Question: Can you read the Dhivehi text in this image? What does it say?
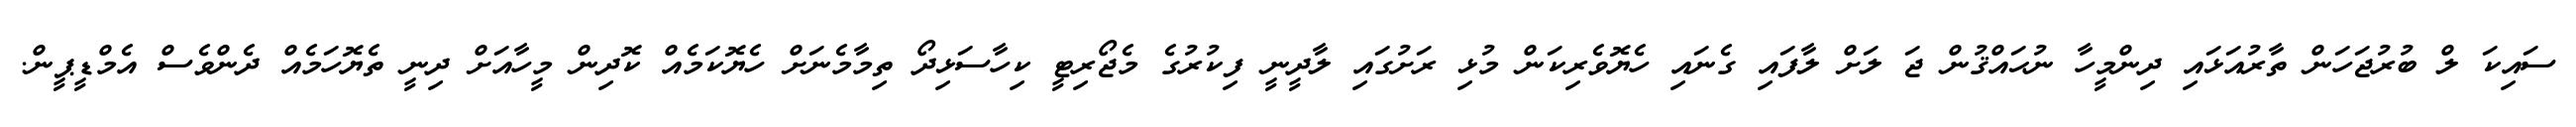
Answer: ސައިކަ ލް ބުރުޖަހަން ތާރުއަޅައި ދިންމީހާ ނުޙައްޤުން ޖަ ލަށް ލާފައި ގެނައި ހެޔޮވެރިކަން މުޅި ރަށުގައި ލާދީނީ ފިކުރުގެ މެޖޯރިޓީ ކިހާސަޅިދޯ ތިމާމެނަށް ހެޔޮކަމެއް ކޮދިން މީހާއަށް ދިނީ ތެޔޮހަމެއް ދެންވެސް އެމްޑީޕީން.